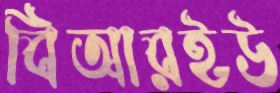
বিআরইউ